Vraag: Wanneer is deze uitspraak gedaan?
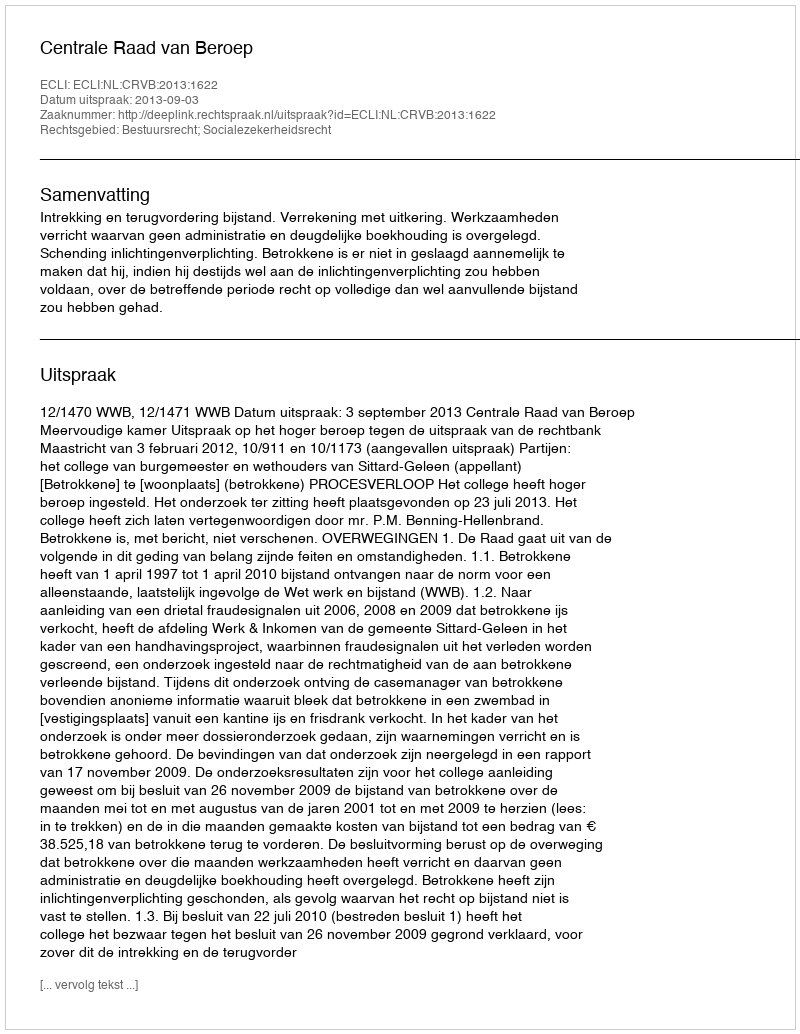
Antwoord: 2013-09-03